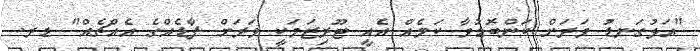
"އަޅުގަނޑު ވަރަށް ކަންބޮޑުވާ ކަމެއް އެއީ ޓޫރިޒަމަކީ ވަރަށް ފާޑެއްގެ އެއްޗެއް" ޑރ.